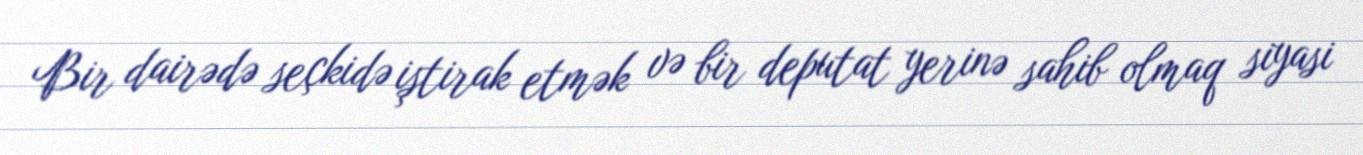
Bir dairədə seçkidə iştirak etmək və bir deputat yerinə sahib olmaq siyasi